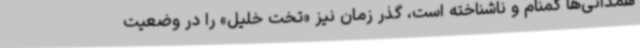
همدانی‌ها گمنام و ناشناخته است، گذر زمان نیز «تخت خلیل» را در وضعیت